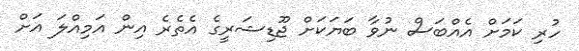
ހުރި ކަމަށް އެއްބަސް ނުވާ ބަޔަކަށް ޖޫޑިޝަރީގެ އެތެރެ އިން އަމިއްލަ އަށް